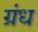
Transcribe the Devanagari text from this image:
ग्रंध